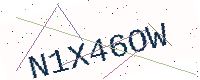
Text: N1X46OW